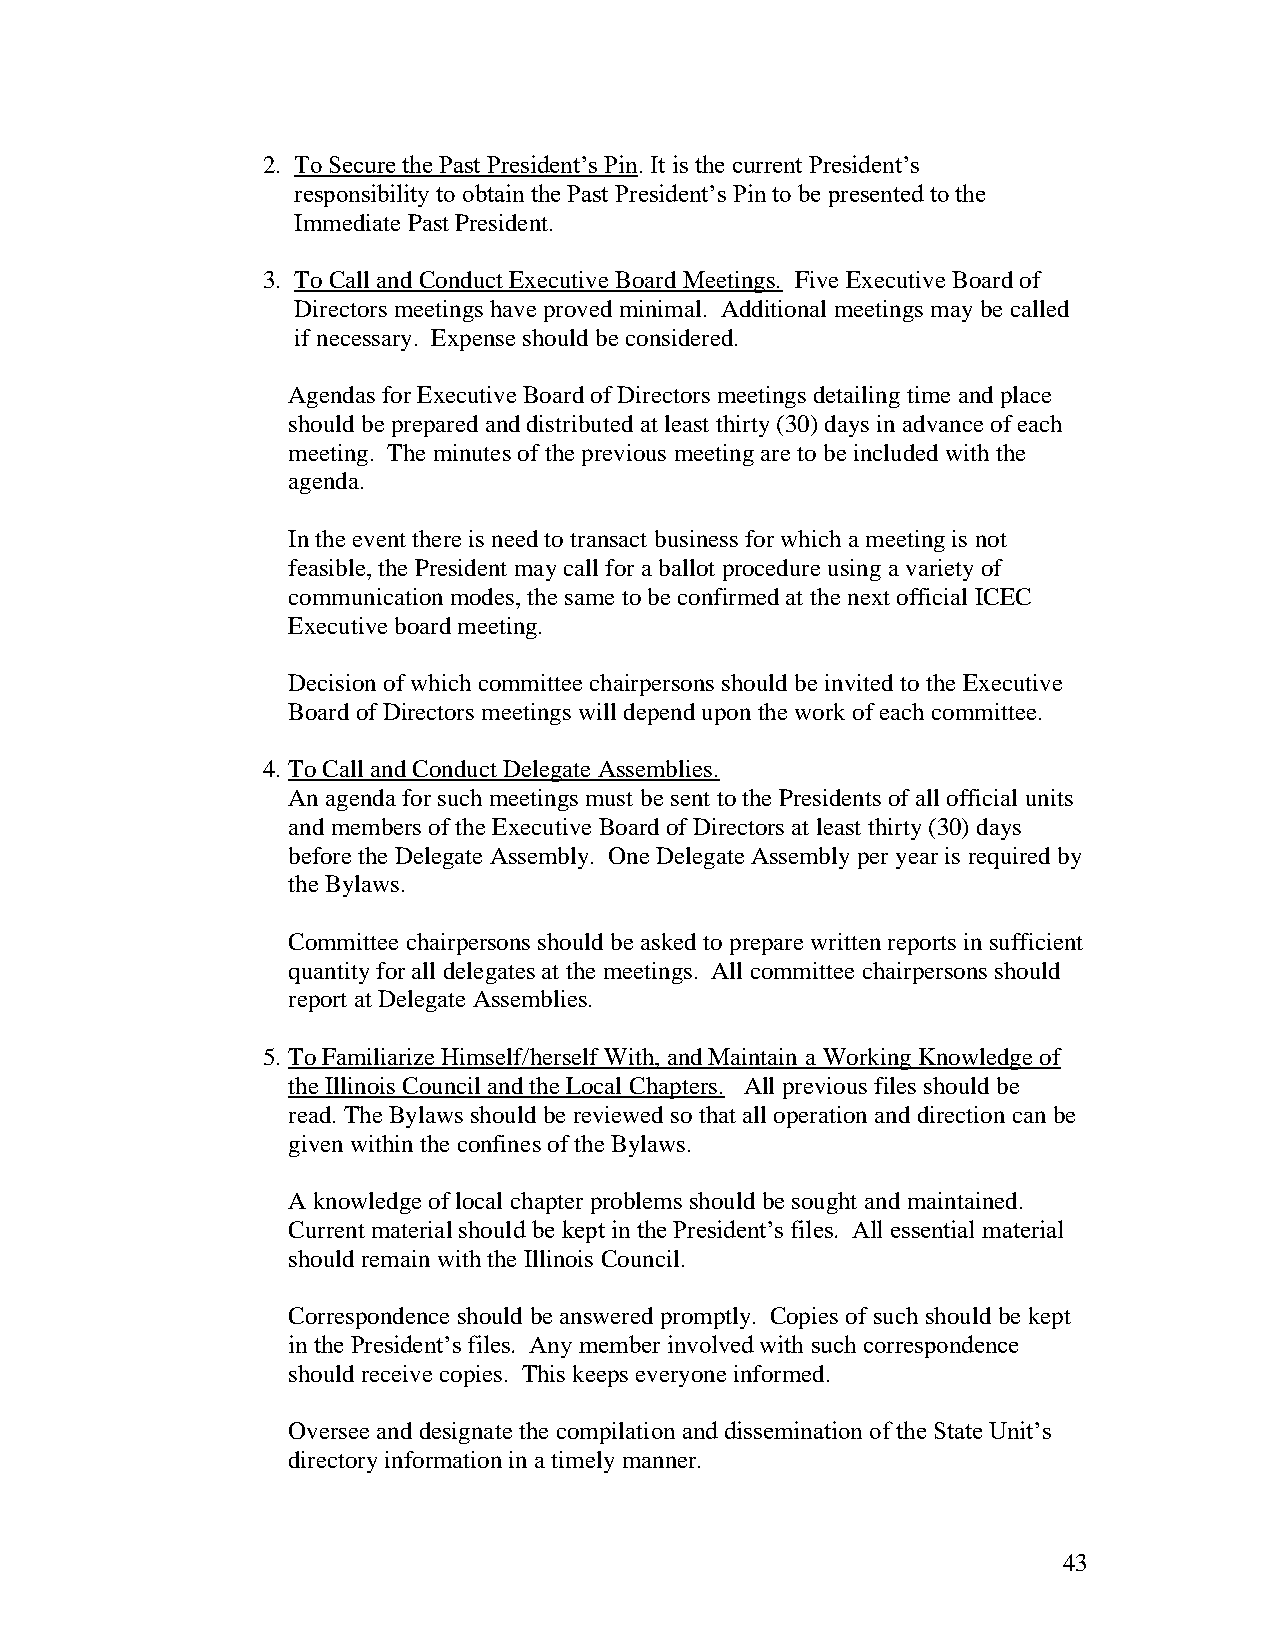
2. To Secure the Past President’s Pin. It is the current President’s
 responsibility to obtain the Past President’s Pin to be presented to the
 Immediate Past President.
 3. To Call and Conduct Executive Board Meetings. Five Executive Board of
 Directors meetings have proved minimal. Additional meetings may be called
 if necessary. Expense should be considered.
 Agendas for Executive Board of Directors meetings detailing time and place
 should be prepared and distributed at least thirty (30) days in advance of each
 meeting. The minutes of the previous meeting are to be included with the
 agenda.
 In the event there is need to transact business for which a meeting is not
 feasible, the President may call for a ballot procedure using a variety of
 communication modes, the same to be confirmed at the next official ICEC
 Executive board meeting.
 Decision of which committee chairpersons should be invited to the Executive
 Board of Directors meetings will depend upon the work of each committee.
 4. To Call and Conduct Delegate Assemblies.
 An agenda for such meetings must be sent to the Presidents of all official units
 and members of the Executive Board of Directors at least thirty (30) days
 before the Delegate Assembly. One Delegate Assembly per year is required by
 the Bylaws.
 Committee chairpersons should be asked to prepare written reports in sufficient
 quantity for all delegates at the meetings. All committee chairpersons should
 report at Delegate Assemblies.
 5. To Familiarize Himself/herself With, and Maintain a Working Knowledge of
 the Illinois Council and the Local Chapters. All previous files should be
 read. The Bylaws should be reviewed so that all operation and direction can be
 given within the confines of the Bylaws.
 A knowledge of local chapter problems should be sought and maintained.
 Current material should be kept in the President’s files. All essential material
 should remain with the Illinois Council.
 Correspondence should be answered promptly. Copies of such should be kept
 in the President’s files. Any member involved with such correspondence
 should receive copies. This keeps everyone informed.
 Oversee and designate the compilation and dissemination of the State Unit’s
 directory information in a timely manner.
 43